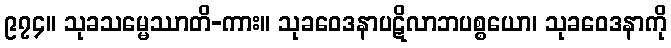
၉၇၄။ သုခသမ္မေဿာတိ-ကား။ သုခဝေဒနာပဋိလာဘပစ္စယော၊ သုခဝေဒနာကို